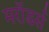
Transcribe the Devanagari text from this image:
मरॉडर्स